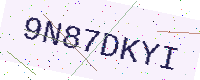
Text: 9N87DKYI